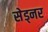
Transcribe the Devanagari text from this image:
सेड्नर